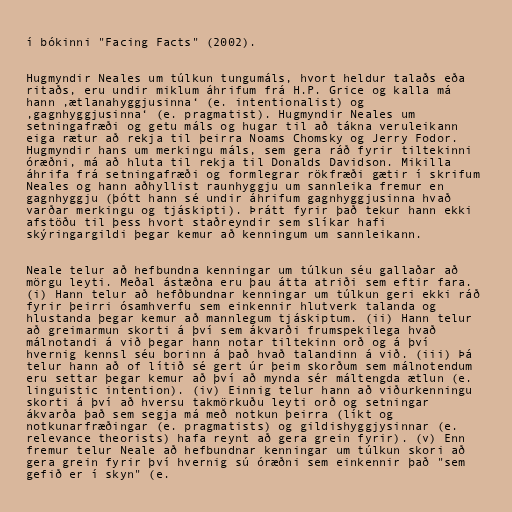
í bókinni "Facing Facts" (2002).

Hugmyndir Neales um túlkun tungumáls, hvort heldur talaðs eða
ritaðs, eru undir miklum áhrifum frá H.P. Grice og kalla má
hann ‚ætlanahyggjusinna‘ (e. intentionalist) og
‚gagnhyggjusinna‘ (e. pragmatist). Hugmyndir Neales um
setningafræði og getu máls og hugar til að tákna veruleikann
eiga rætur að rekja til þeirra Noams Chomsky og Jerry Fodor.
Hugmyndir hans um merkingu máls, sem gera ráð fyrir tiltekinni
óræðni, má að hluta til rekja til Donalds Davidson. Mikilla
áhrifa frá setningafræði og formlegrar rökfræði gætir í skrifum
Neales og hann aðhyllist raunhyggju um sannleika fremur en
gagnhyggju (þótt hann sé undir áhrifum gagnhyggjusinna hvað
varðar merkingu og tjáskipti). Þrátt fyrir það tekur hann ekki
afstöðu til þess hvort staðreyndir sem slíkar hafi
skýringargildi þegar kemur að kenningum um sannleikann.

Neale telur að hefbundna kenningar um túlkun séu gallaðar að
mörgu leyti. Meðal ástæðna eru þau átta atriði sem eftir fara.
(i) Hann telur að hefðbundnar kenningar um túlkun geri ekki ráð
fyrir þeirri ósamhverfu sem einkennir hlutverk talanda og
hlustanda þegar kemur að mannlegum tjáskiptum. (ii) Hann telur
að greimarmun skorti á því sem ákvarði frumspekilega hvað
málnotandi á við þegar hann notar tiltekinn orð og á því
hvernig kennsl séu borinn á það hvað talandinn á við. (iii) Þá
telur hann að of lítið sé gert úr þeim skorðum sem málnotendum
eru settar þegar kemur að því að mynda sér máltengda ætlun (e.
linguistic intention). (iv) Einnig telur hann að viðurkenningu
skorti á því að hversu takmörkuðu leyti orð og setningar
ákvarða það sem segja má með notkun þeirra (líkt og
notkunarfræðingar (e. pragmatists) og gildishyggjysinnar (e.
relevance theorists) hafa reynt að gera grein fyrir). (v) Enn
fremur telur Neale að hefbundnar kenningar um túlkun skori að
gera grein fyrir því hvernig sú óræðni sem einkennir það "sem
gefið er í skyn" (e.